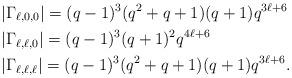
LaTeX: \begin{align*} &|\Gamma_{\ell,0,0}|=(q-1)^3(q^2+q+1)(q+1)q^{3\ell+6}\\&|\Gamma_{\ell,\ell,0}|=(q-1)^3(q+1)^2q^{4\ell+6}\\ &|\Gamma_{\ell,\ell,\ell}|=(q-1)^3(q^2+q+1)(q+1)q^{3\ell+6}. \end{align*}